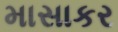
માસાકર